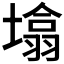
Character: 𰊬